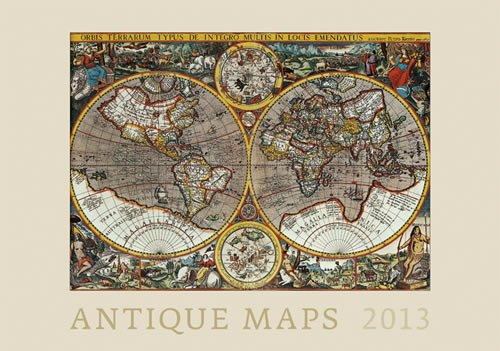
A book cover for Antique Maps 2013 Wall Calendar; Helma365; Calendars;